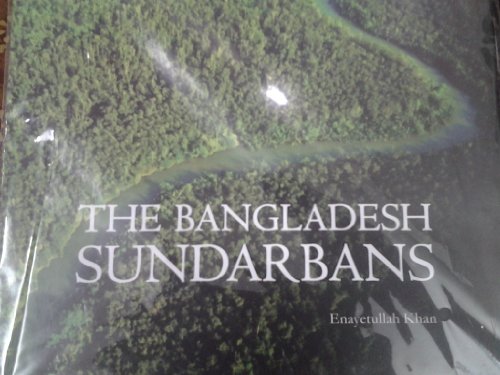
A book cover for The Bangladesh Sundarbans; Enayetullah Khan; Travel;